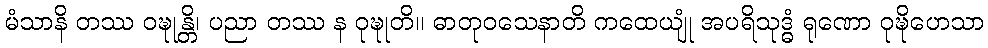
မံသာနိ တဿ ဝဍ္ဎုန္တိ၊ ပညာ တဿ န ဝုဍ္ဎုတိ။ ဓာတုဝသေနာတိ ကထေယျုံ အပရိသုဒ္ဓံ ရုဏော ဝုဍ္ဎိဟေသာ